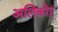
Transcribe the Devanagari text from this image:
अलिकोट्ट